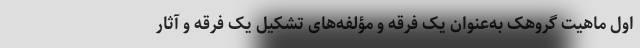
اول ماهیت گروهک به‌عنوان یک فرقه و مؤلفه‌های تشکیل یک فرقه و آثار